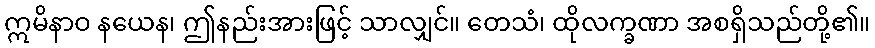
ဣမိနာဝ နယေန၊ ဤနည်းအားဖြင့် သာလျှင်။ တေသံ၊ ထိုလက္ခဏာ အစရှိသည်တို့၏။